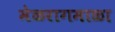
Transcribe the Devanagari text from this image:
मेळरागमाळा